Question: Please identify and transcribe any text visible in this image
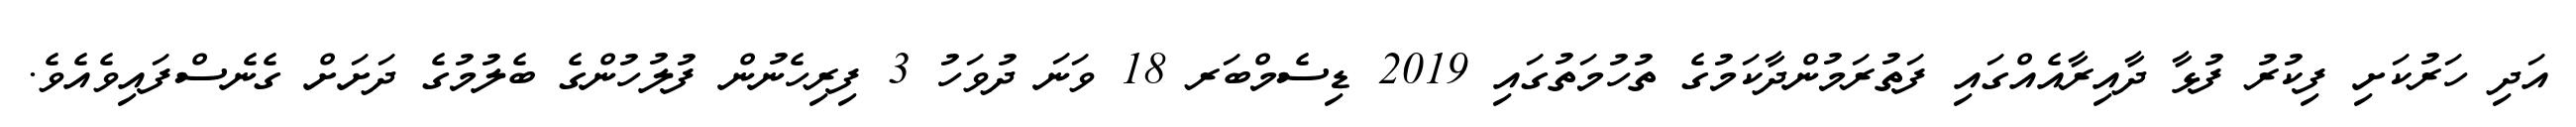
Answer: އަދި ހަރުކަށި ފިކުރު ފުޅާ ދާއިރާއެއްގައި ފަތުރަމުންދާކަމުގެ ތުހުމަތުގައި 2019 ޑިސެމްބަރ 18 ވަނަ ދުވަހު 3 ފިރިހެނުން ފުލުހުންގެ ބެލުމުގެ ދަށަށް ގެނެސްފައިވެއެވެ.